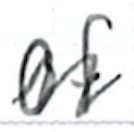
Text: of
Cross-out: mix
Writing tool: ballpoint